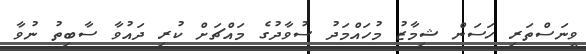
ވީނަސްތަރި ހަސަން ޝިމާޒު މުހައްމަދު ސުވާދުގެ މައްޗަށް ކުރި ދައުވާ ސާބިތު ނުވާ